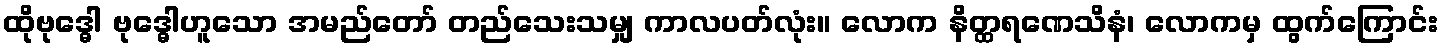
ထိုဗုဒ္ဓေါ ဗုဒ္ဓေါဟူသော အမည်တော် တည်သေးသမျှ ကာလပတ်လုံး။ လောက နိတ္ထရဏေသိနံ၊ လောကမှ ထွက်ကြောင်း